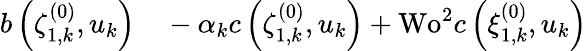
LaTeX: \begin{array}{rl}{b\left(\zeta_{1,k}^{(0)},u_{k}\right)}&{{}-\alpha_{k}c\left(\zeta_{1,k}^{(0)},u_{k}\right)+\textrm{Wo}^{2}c\left(\xi_{1,k}^{(0)},u_{k}\right)}\end{array}